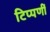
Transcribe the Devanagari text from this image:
टिप्पणीं